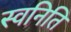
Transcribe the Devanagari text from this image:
स्वनिति